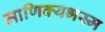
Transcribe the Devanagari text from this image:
माणिक्यभस्म